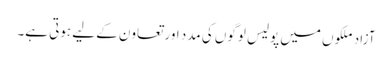
آزاد ملکوں میں پولیس لوگوں کی مدد اور تعاون کے لیے ہوتی ہے۔